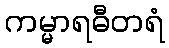
ကမ္မာရဓီတရံ